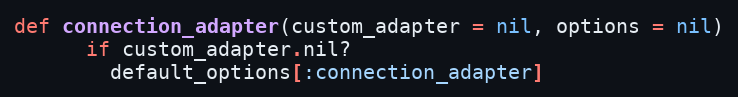
Language: Ruby
def connection_adapter(custom_adapter = nil, options = nil)
      if custom_adapter.nil?
        default_options[:connection_adapter]